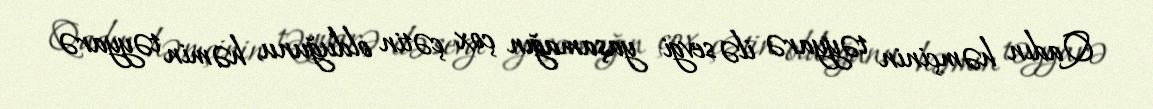
Qadın həmçinin təyyarə ilə sevgi yaşamağın çox çətin olduğunu, həmin təyyarə